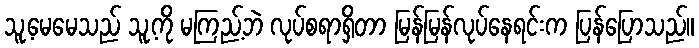
သူ့မေမေသည် သူ့ကို မကြည့်ဘဲ လုပ်စရာရှိတာ မြန်မြန်လုပ်နေရင်းက ပြန်ပြောသည်။